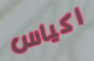
اكياس